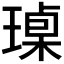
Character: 𱯟